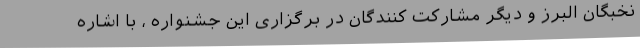
نخبگان البرز و دیگر مشارکت کنندگان در برگزاری این جشنواره ، با اشاره